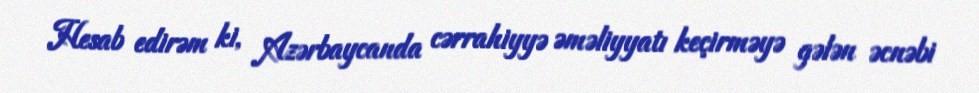
Hesab edirəm ki, Azərbaycanda cərrahiyyə əməliyyatı keçirməyə gələn əcnəbi